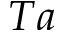
T a